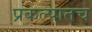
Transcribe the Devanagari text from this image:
प्रकल्पातच